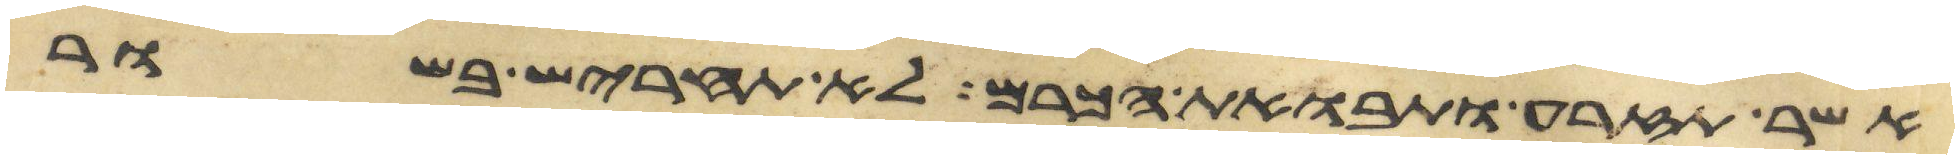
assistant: אשר תזרע ותבואת הכרם לא תחריש בשור